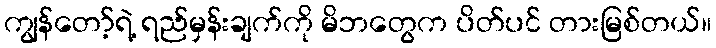
ကျွန်တော့်ရဲ့ ရည်မှန်းချက်ကို မိဘတွေက ပိတ်ပင် တားမြစ်တယ်။